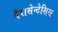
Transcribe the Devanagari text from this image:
पैरासेन्टेसिस